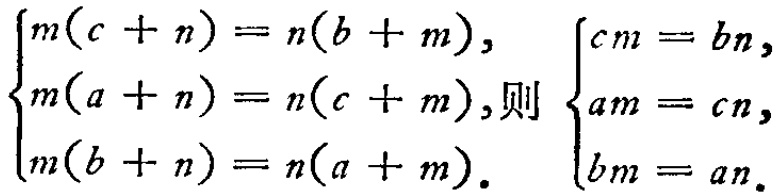
\[\begin{cases}m(c + n) = n(b + m),\\m(a + n) = n(c + m),\\m(b + n) = n(a + m).\end{cases}
则
\begin{cases}cm = bn,\\am = cn,\\bm = an.\end{cases}\]